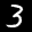
Digit: 3